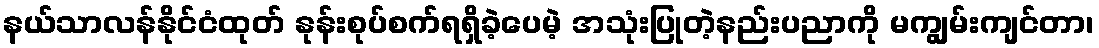
နယ်သာလန်နိုင်ငံထုတ် နုန်းစုပ်စက်ရရှိခဲ့ပေမဲ့ အသုံးပြုတဲ့နည်းပညာကို မကျွမ်းကျင်တာ၊